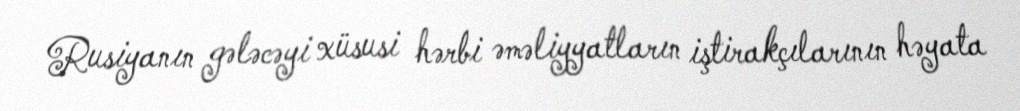
Rusiyanın gələcəyi xüsusi hərbi əməliyyatların iştirakçılarının həyata